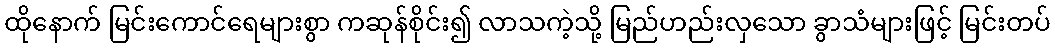
ထိုနောက် မြင်းကောင်ရေများစွာ ကဆုန်စိုင်း၍ လာသကဲ့သို့ မြည်ဟည်းလှသော ခွာသံများဖြင့် မြင်းတပ်